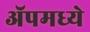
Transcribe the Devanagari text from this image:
ॲपमध्ये